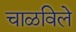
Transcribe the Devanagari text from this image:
चाळविले